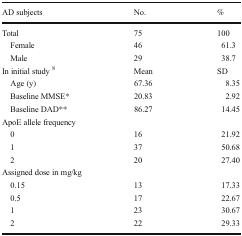
<table><thead><tr><td><b>AD subjects</b></td><td><b>No.</b></td><td><b>%</b></td></tr></thead><tbody><tr><td>Total</td><td>75</td><td>100</td></tr><tr><td> Female</td><td>46</td><td>61.3</td></tr><tr><td> Male</td><td>29</td><td>38.7</td></tr><tr><td>In initial study <sup>8</sup></td><td>Mean</td><td>SD</td></tr><tr><td> Age (y)</td><td>67.36</td><td>8.35</td></tr><tr><td> Baseline MMSE*</td><td>20.83</td><td>2.92</td></tr><tr><td> Baseline DAD**</td><td>86.27</td><td>14.45</td></tr><tr><td colspan="3">ApoE allele frequency</td></tr><tr><td> 0</td><td>16</td><td>21.92</td></tr><tr><td> 1</td><td>37</td><td>50.68</td></tr><tr><td> 2</td><td>20</td><td>27.40</td></tr><tr><td colspan="3">Assigned dose in mg/kg</td></tr><tr><td> 0.15</td><td>13</td><td>17.33</td></tr><tr><td> 0.5</td><td>17</td><td>22.67</td></tr><tr><td> 1</td><td>23</td><td>30.67</td></tr><tr><td> 2</td><td>22</td><td>29.33</td></tr></tbody></table>